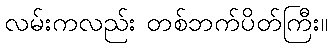
လမ်းကလည်း တစ်ဘက်ပိတ်ကြီး။